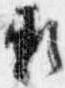
頼